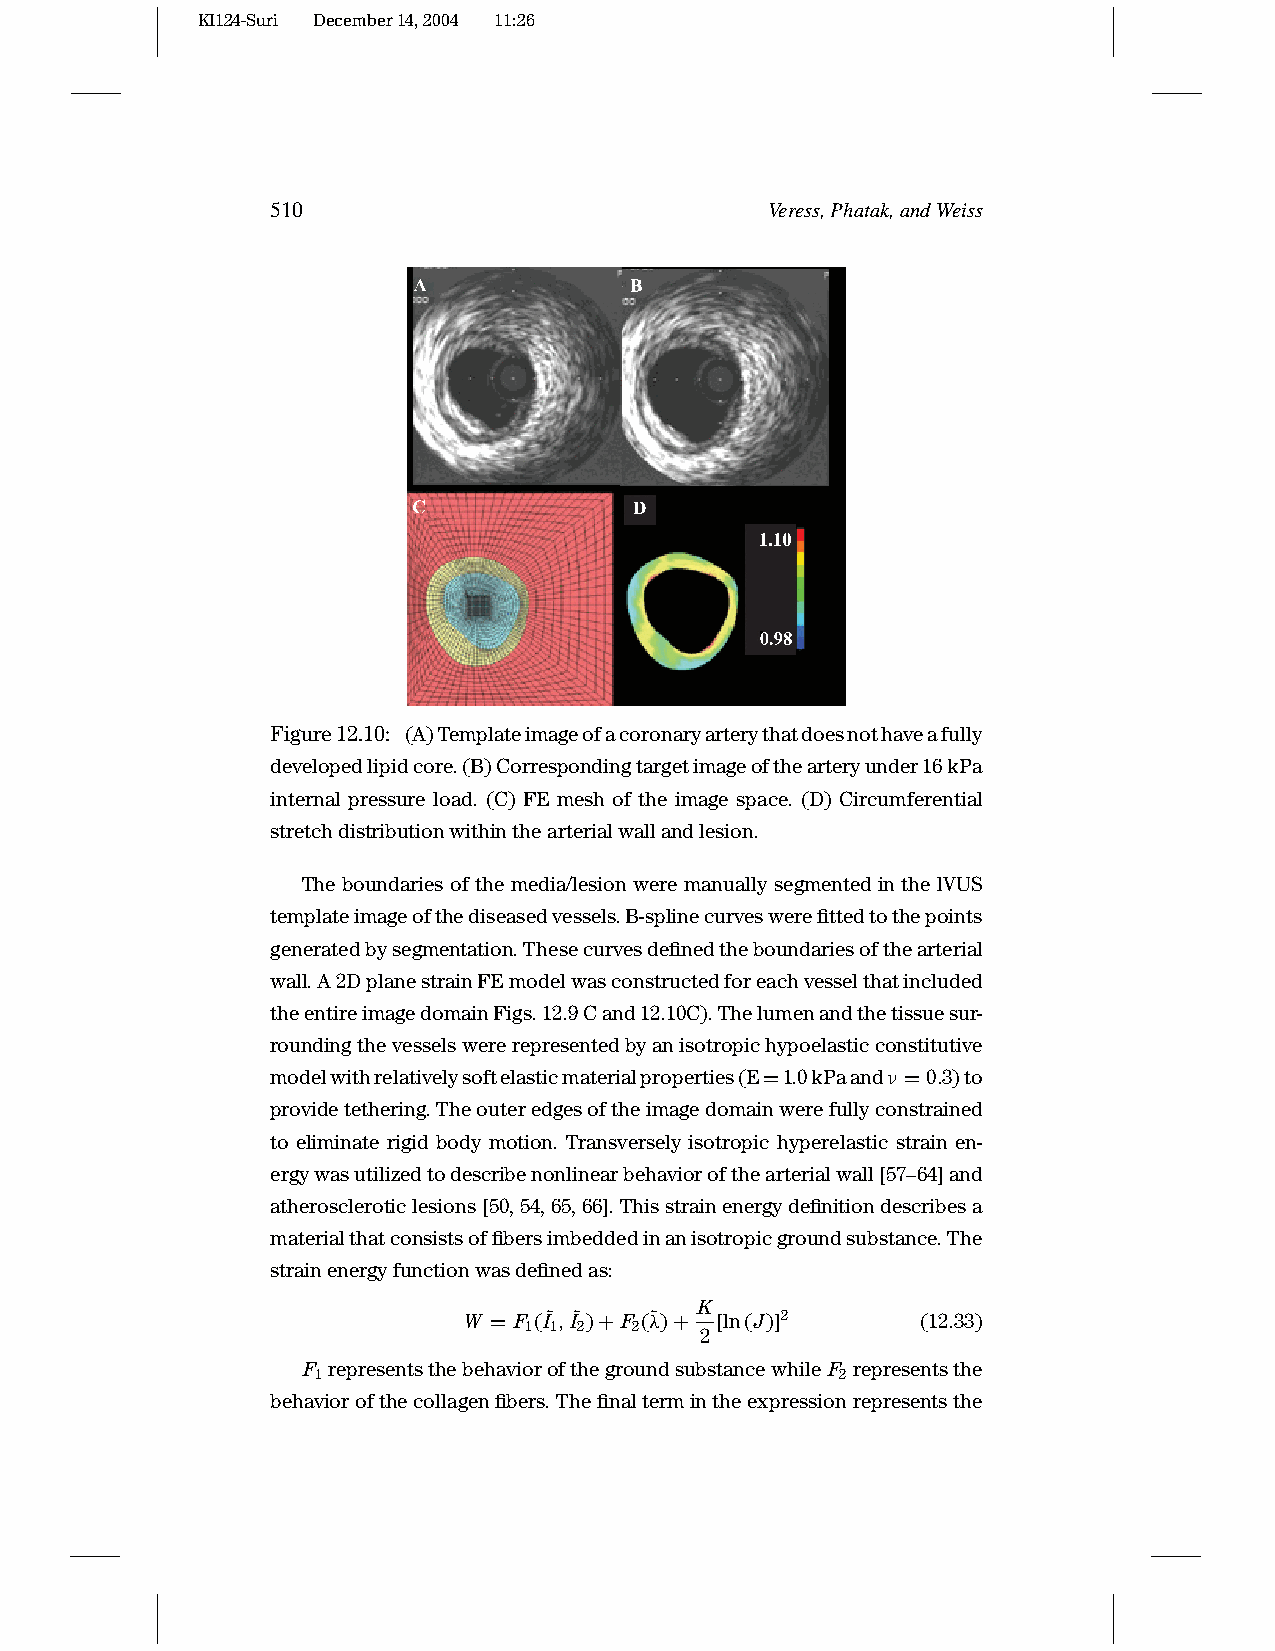
KI124-Suri December14,2004 11:26
 510                              Veress,Phatak,andWeiss
 Figure12.10: (A)Templateimageofacoronaryarterythatdoesnothaveafully
 developedlipidcore.(B)Correspondingtargetimageofthearteryunder16kPa
 internal pressure load. (C) FE mesh of the image space. (D) Circumferential
 stretchdistributionwithinthearterialwallandlesion.
 The boundaries of the media/lesion were manually segmented in the lVUS
 templateimageofthediseasedvessels.B-splinecurveswerefittedtothepoints
 generatedbysegmentation.Thesecurvesdefinedtheboundariesofthearterial
 wall.A2DplanestrainFEmodelwasconstructedforeachvesselthatincluded
 theentireimagedomainFigs.12.9Cand12.10C).Thelumenandthetissuesur-
 roundingthevesselswererepresentedbyanisotropichypoelasticconstitutive
 modelwithrelativelysoftelasticmaterialproperties(E=1.0kPaandν =0.3)to
 providetethering.Theouteredgesoftheimagedomainwerefullyconstrained
 to eliminate rigid body motion. Transversely isotropic hyperelastic strain en-
 ergywasutilizedtodescribenonlinearbehaviorofthearterialwall[57–64]and
 atheroscleroticlesions[50,54,65,66].Thisstrainenergydefinitiondescribesa
 materialthatconsistsoffibersimbeddedinanisotropicgroundsubstance.The
 strainenergyfunctionwasdefinedas:
 K
 W = F (I˜,I˜)+F (λ˜)+ [ln(J)]2 (12.33)
 1 1 2  2
 2
 F representsthebehaviorofthegroundsubstancewhile F representsthe
 1                                  2
 behaviorofthecollagenfibers.Thefinaltermintheexpressionrepresentsthe